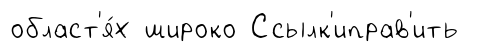
област'я́х широко Ссылк'иправ'ить